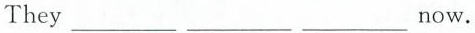
They ___ ___ ___ now.